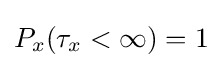
P_{x}(\tau _{x}<\infty )=1